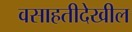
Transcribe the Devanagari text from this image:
वसाहतीदेखील